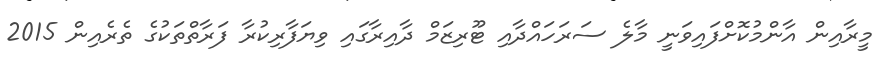
މީރާއިން އާންމުކޮށްފައިވަނީ މާލެ ސަރަހައްދާއި ޓޫރިޒަމް ދާއިރާގައި ވިޔަފާރިކުރާ ފަރާތްތަކުގެ ތެރެއިން 2015